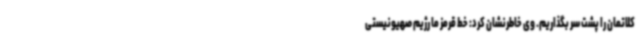
کلاتمان را پشت سر بگذاریم. وی خاطرنشان کرد: خط قرمز ما رژیم صهیونیستی